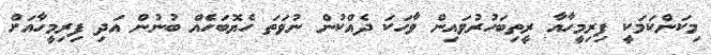
މިކަންކަމަކީ ފިރިމީހާއާ ރީތިބަހުރުވައިން ވާހަކަ ދެއްކުން ނުވަތަ ހެޔޮބަހެއް ބުނުން އަދި ފިރިމީހާއަށް